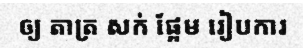
ឲ្យ តាត្រ សក់ ផ្អែម រៀបការ